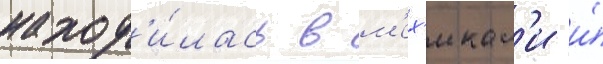
наход'и́лась в м'ех'икал'и и́